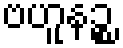
ဗဟူနဉ္စ